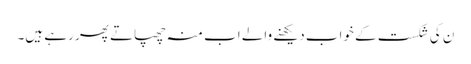
ن کی شکست کے خواب دیکھنے والے اب منہ چھپاتے پھر رہے ہیں۔